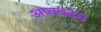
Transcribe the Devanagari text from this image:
अष्ववदन